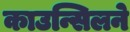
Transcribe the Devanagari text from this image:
काउन्सिलने